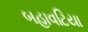
બહાવટિયા